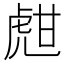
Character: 甝